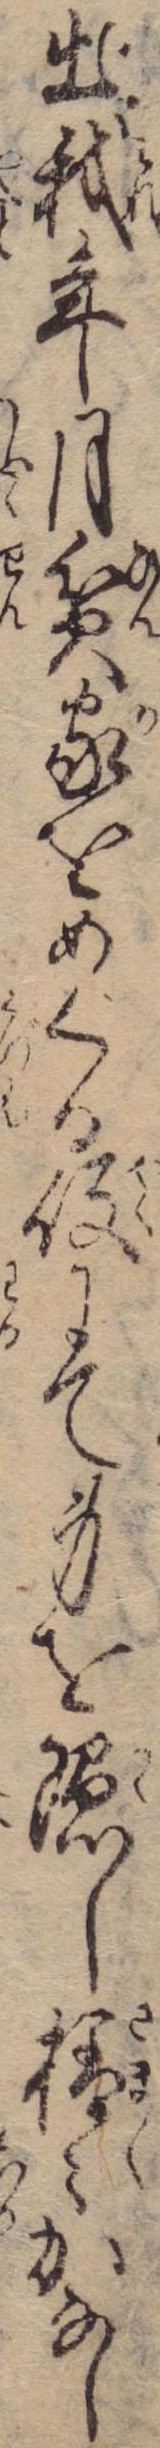
出我年月貧家をめぐる役にて身を隠し様々かなし